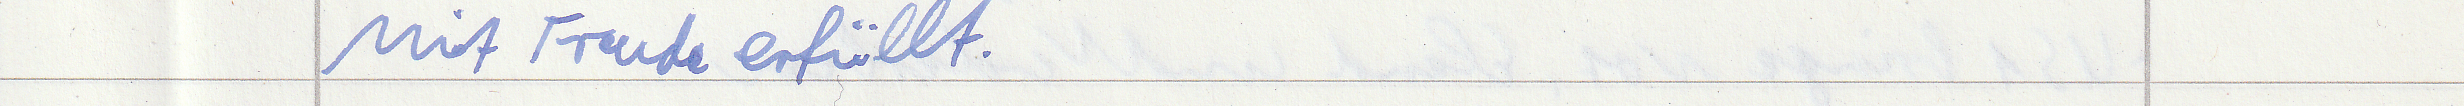
Mit Freude erfüllt.